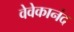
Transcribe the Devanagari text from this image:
वेवेकानंद